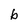
Character: b